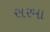
સરમા